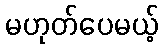
မဟုတ်ပေမယ့်